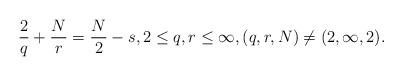
LaTeX: \begin{align*}\frac{2}{q}+ \frac{N}{r} =\frac{N}{2}-s, 2 \le q,r \le \infty, (q,r,N) \not= (2,\infty,2).\end{align*}